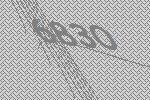
6830